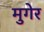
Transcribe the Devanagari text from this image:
मुगेर